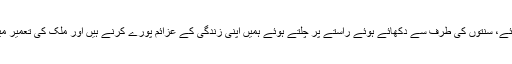
مٹھوں کے دکھائے راستے پر چلتے ہوئے، سنتوں کی طرف سے دکھائے ہوئے راستے پر چلتے ہوئے ہمیں اپنی زندگی کے عزائم پورے کرنے ہیں اور ملک کی تعمیر میں بھی اپنا مکمل تعاون کرتے چلنا ہے۔